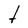
Character: t